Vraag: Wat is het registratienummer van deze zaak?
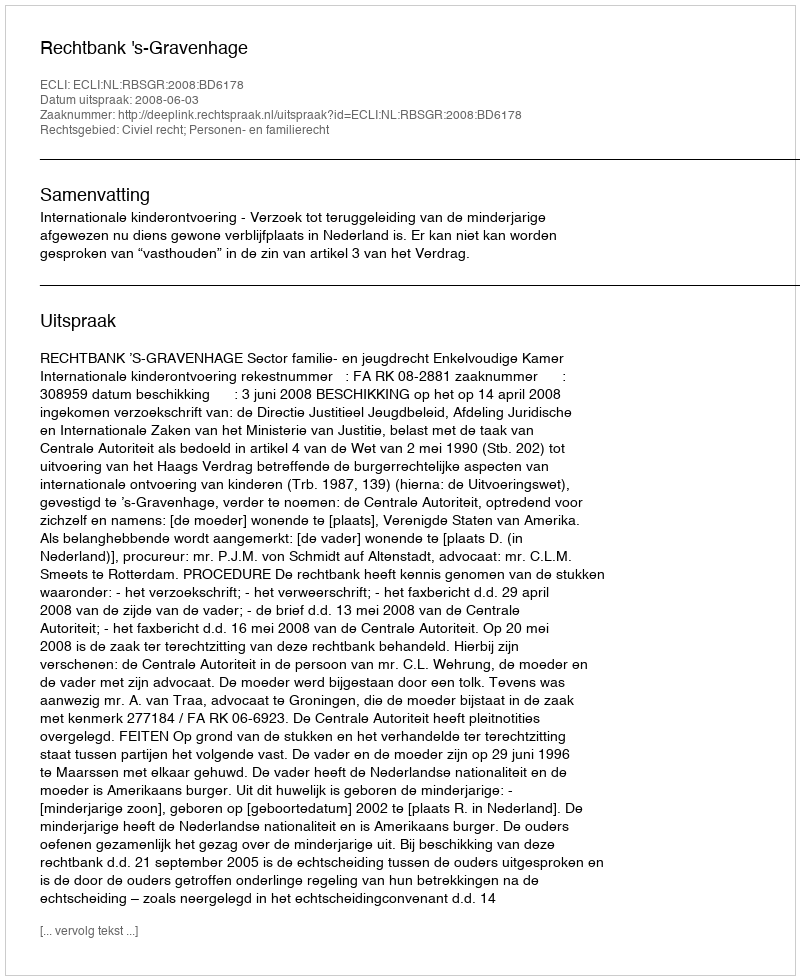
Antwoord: http://deeplink.rechtspraak.nl/uitspraak?id=ECLI:NL:RBSGR:2008:BD6178